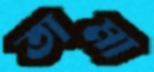
তামা